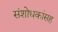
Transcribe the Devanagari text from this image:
संशोधकांसह